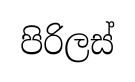
පිරිලස්